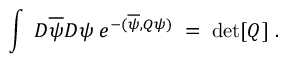
\int \; { \cal D } \overline { { { \psi } } } { \cal D } \psi \; e ^ { - ( \overline { { { \psi } } } , Q \psi ) } \; = \; \mathrm { d e t } [ Q ] \; .